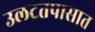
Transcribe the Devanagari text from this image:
उलटतपासात